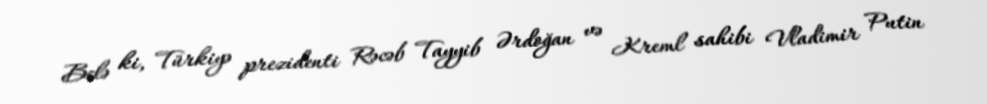
Belə ki, Türkiyə prezidenti Rəcəb Tayyib Ərdoğan və Kreml sahibi Vladimir Putin